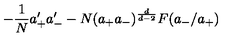
- { \frac { 1 } { N } } a _ { + } ^ { \prime } a _ { - } ^ { \prime } - N ( a _ { + } a _ { - } ) ^ { \frac { d } { d - 2 } } F ( a _ { - } / a _ { + } )